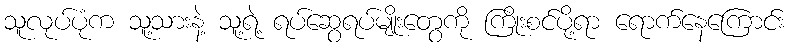
သူလုပ်ပုံက သူ့သားနဲ့ သူ့ရဲ့ ရပ်ဆွေရပ်မျိုးတွေကို ကြိုးစင်ပို့ရာ ရောက်နေကြောင်း